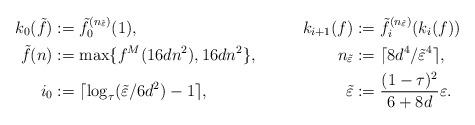
LaTeX: \begin{align*} k_0(\tilde f)&:=\tilde f_0^{(n_{\tilde\varepsilon})}(1),&k_{i+1}(f)&:=\tilde f_i^{(n_{\tilde\varepsilon})}(k_i(f))\\ \tilde f(n)&:=\max\{f^M(16dn^2),16dn^2\},&n_{\tilde\varepsilon}&:=\lceil 8d^4/\tilde\varepsilon^4\rceil,\\ i_0&:=\lceil\log_{\tau}(\tilde\varepsilon/6d^2)-1\rceil,&\tilde\varepsilon&:=\frac{(1-\tau)^2}{6+8d}\varepsilon. \end{align*}